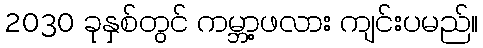
2030 ခုနှစ်တွင် ကမ္ဘာ့ဖလား ကျင်းပမည်။